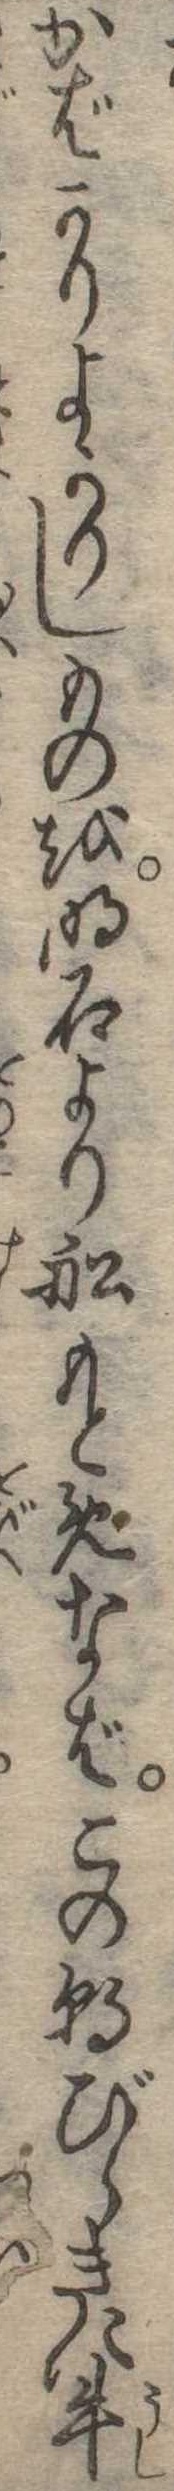
かばかりよかりしものを明石より船もとめなばこの朝びらきに牛